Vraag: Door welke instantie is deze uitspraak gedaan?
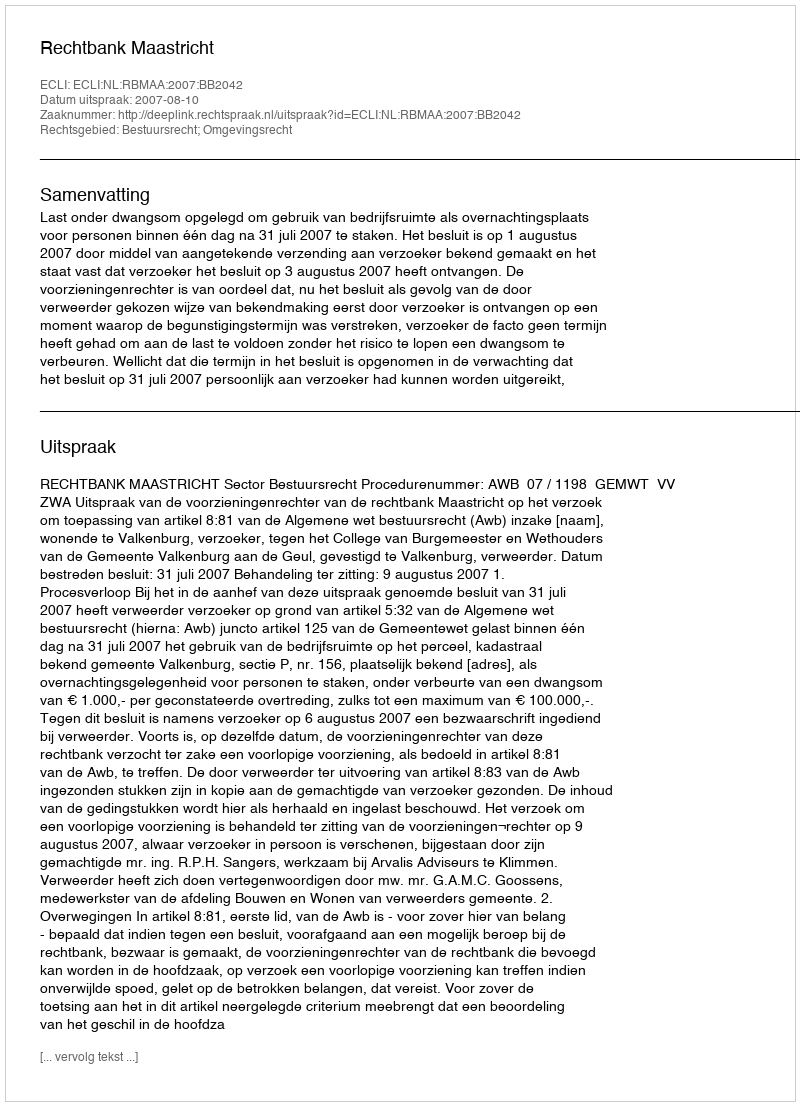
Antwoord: Rechtbank Maastricht